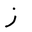
Letter: _zay